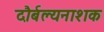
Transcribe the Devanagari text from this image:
दौर्बल्यनाशक